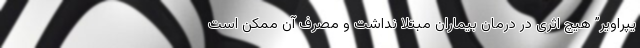
یپراویر” هیچ اثری در درمان بیماران مبتلا نداشت و مصرف آن ممکن است